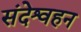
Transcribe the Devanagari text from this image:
संदेश्वहन